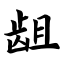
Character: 龃